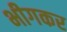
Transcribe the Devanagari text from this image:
भीगकर